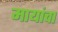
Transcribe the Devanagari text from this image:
मायांचा